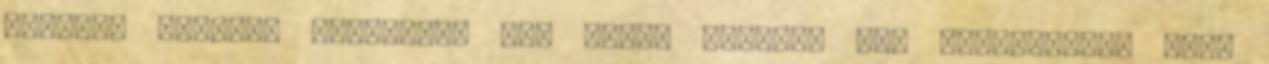
amelyek addigra Guineában már jelen voltak. Nem tisztázott, hogy